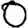
Digit: 0